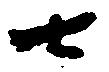
七